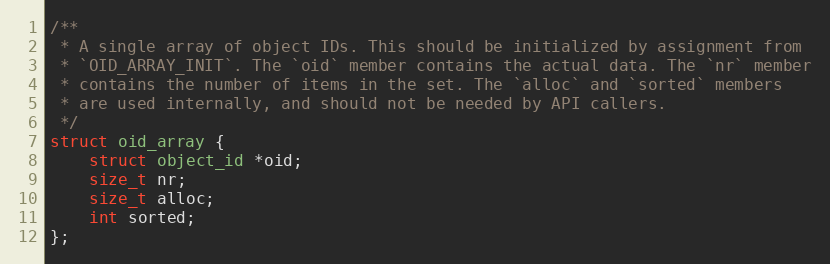
Language: C
/**
 * A single array of object IDs. This should be initialized by assignment from
 * `OID_ARRAY_INIT`. The `oid` member contains the actual data. The `nr` member
 * contains the number of items in the set. The `alloc` and `sorted` members
 * are used internally, and should not be needed by API callers.
 */
struct oid_array {
	struct object_id *oid;
	size_t nr;
	size_t alloc;
	int sorted;
};